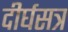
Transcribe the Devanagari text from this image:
दीर्घसत्र